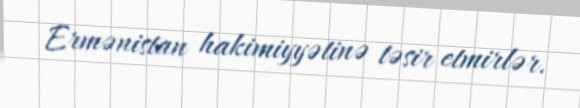
Ermənistan hakimiyyətinə təsir etmirlər.